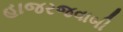
હાજરજવાબી